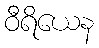
ဝီရိယေန